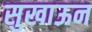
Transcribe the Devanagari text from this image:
सुखाऊन